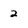
Character: 2